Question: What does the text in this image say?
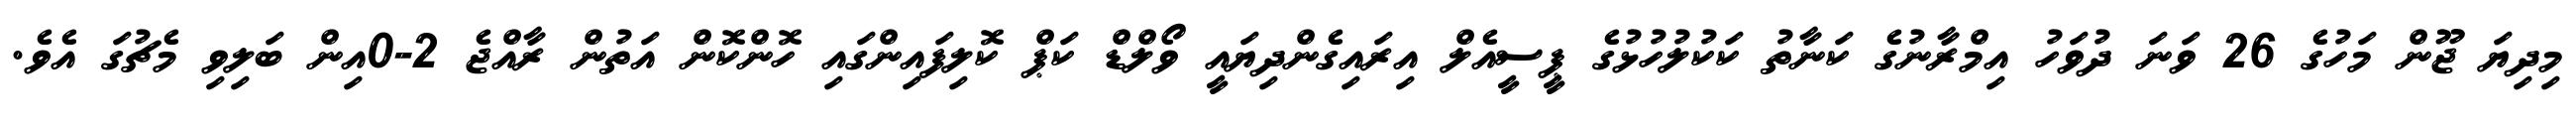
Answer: މިދިޔަ ޖޫން މަހުގެ 26 ވަނަ ދުވަހު އިމްރާނުގެ ކަނާތު ކަކުލުހުޅުގެ ޕީސީއެލް އިރައިގެންދިޔައީ ވޯލްޑް ކަޕް ކޮލިފައިންގައި ހޮންކޮން އަތުން ރާއްޖެ 2-0އިން ބަލިވި މެޗުގަ އެވެ.